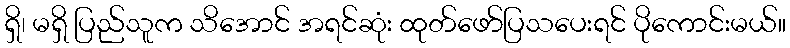
ရှိ၊ မရှိ ပြည်သူက သိအောင် အရင်ဆုံး ထုတ်ဖော်ပြသပေးရင် ပိုကောင်းမယ်။